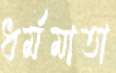
ধর্মমাতা